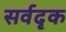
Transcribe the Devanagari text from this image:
सर्वदृक